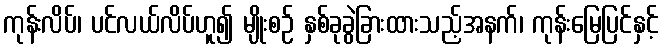
ကုန်းလိပ်၊ ပင်လယ်လိပ်ဟူ၍ မျိုးစဉ် နှစ်ခုခွဲခြားထားသည့်အနက်၊ ကုန်းမြေပြင်နှင့်